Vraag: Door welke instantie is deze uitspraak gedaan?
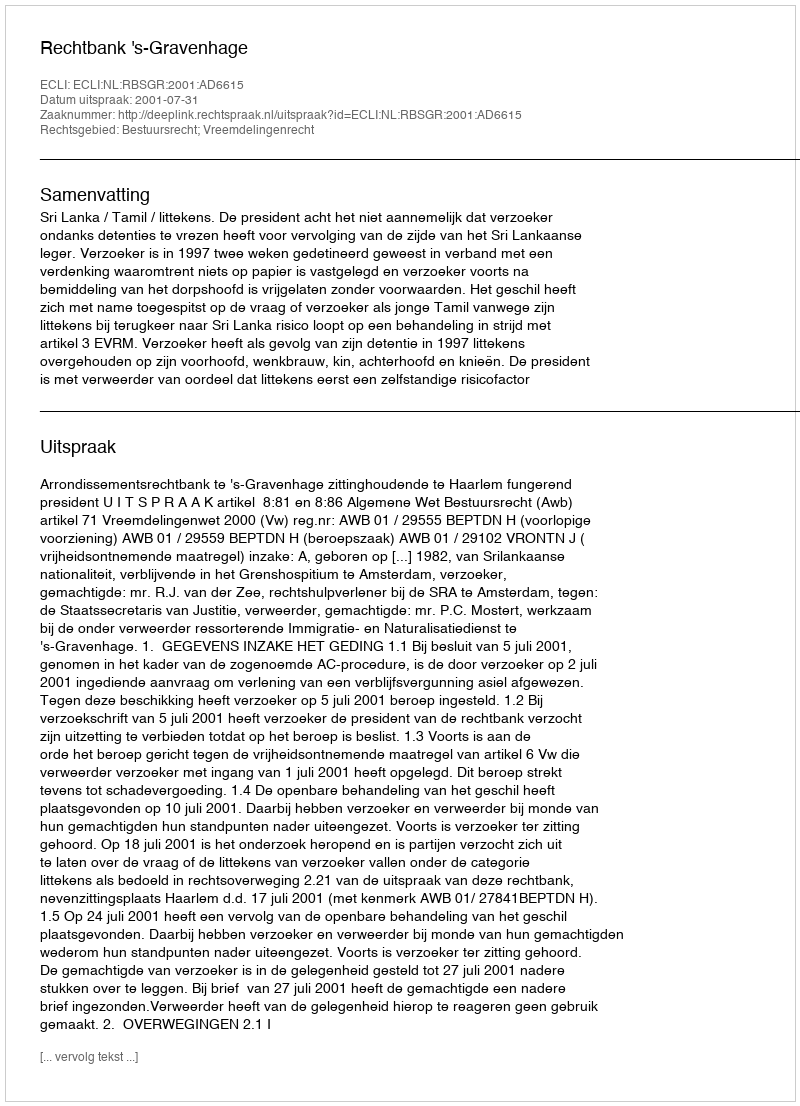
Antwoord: Rechtbank 's-Gravenhage